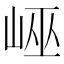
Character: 𡷯